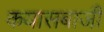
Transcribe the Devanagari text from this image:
कयासबाजी